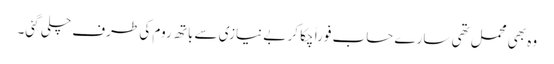
وہ بھی محمل تھی سارے حساب فوراً چکا کر بے نیازی سے باتھ روم کی طرف چلی گئی۔